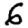
Digit: 6